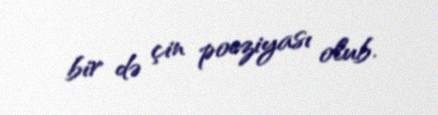
bir də çin poeziyası olub.